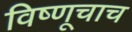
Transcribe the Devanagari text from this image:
विष्णूचाच